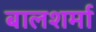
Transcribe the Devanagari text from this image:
बालशर्मा